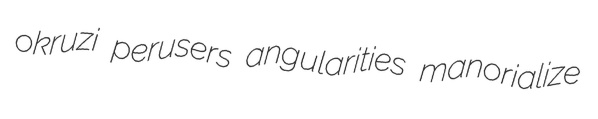
okruzi perusers angularities manorialize